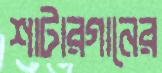
শাটারগানের